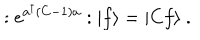
: \mathrm { e } ^ { a ^ { \dagger } ( C - 1 ) a } : | f \rangle = | C f \rangle \ .